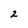
Character: 2